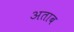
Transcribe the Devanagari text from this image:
अताब